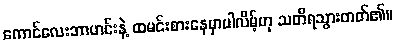
ကောင်လေးဘာဟင်းနဲ့ ထမင်းစားနေမှာပါလိမ့်ဟု သတိရသွားတတ်၏။